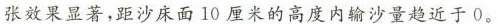
张效果显著，距沙床面10厘米的高度内输沙量趋近于0。